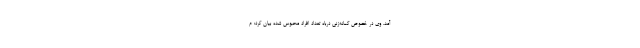
آمد. وی در خصوص گمانه‌زنی درباه تعداد افراد محبوس شده بیان کرد: م